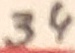
Text: 34